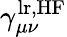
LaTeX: \gamma_{\mu\nu}^{\mathrm{lr,HF}}